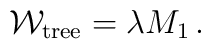
{\cal W}_{\rm tree} = \lambda M_1\, .